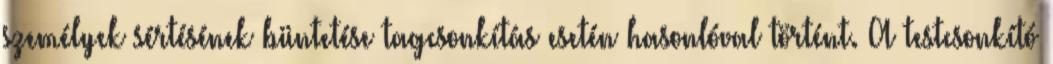
személyek sértésének büntetése tagcsonkítás esetén hasonlóval történt. A testcsonkító